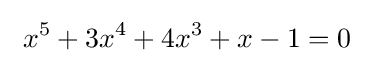
\ x^{5}+3x^{4}+4x^{3}+x-1=0